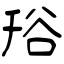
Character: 谸